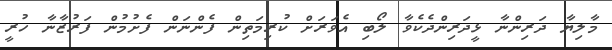
މާލިޔާ ދަރިންނާ ޅީދަރިންދެކެވާ ލޯބި އެވަރަށް ކުރިމަތިން ފެންނަން ފެށުމުން ފަރުޒާނާ ހުރީ